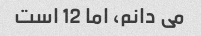
می دانم، اما 12 است